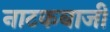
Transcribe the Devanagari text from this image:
नाटकबाजी